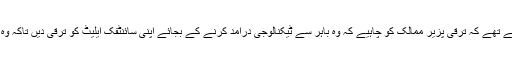
طبعیات میں نوبل انعام یافتہ سائنسدان ڈاکٹر عبدالسلام اس تصور پر یقین رکھتے تھے کہ ترقی پزیر ممالک کو چاہیے کہ وہ باہر سے ٹیکنالوجی درآمد کرنے کے بجائے اپنی سائنٹفک ایلیٹ کو ترقی دیں تاکہ وہ جدید علوم خود حاصل کر سکیں اور اس سے بھرپور استفادہ حاصل کر سکیں۔